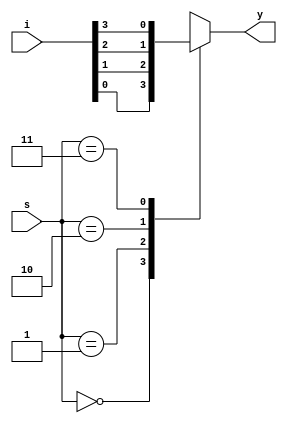
//4bit multiplexer
module foubit_mux(y,s,i);
    input [1:0]s;
    input [3:0]i;
    output y;
    reg y;
    always@(*)
    begin
        case(s)
            2'b00: y<=i[0];
            2'b01: y<=i[1];
            2'b10: y<=i[2];
            2'b11: y<=i[3];
        endcase
    end
endmodule